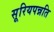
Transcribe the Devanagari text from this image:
सूरियपन्नति